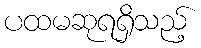
ပထမဆုရရှိသည့်